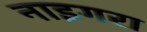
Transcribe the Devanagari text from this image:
नाइगरा